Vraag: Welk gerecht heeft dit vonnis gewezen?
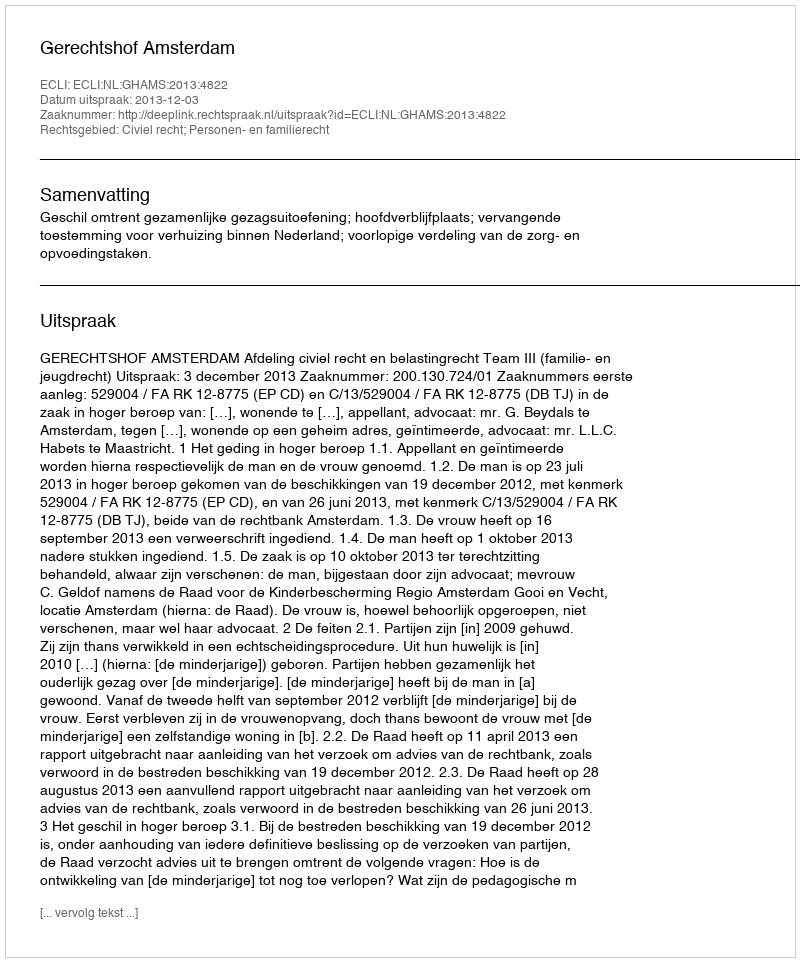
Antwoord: Gerechtshof Amsterdam